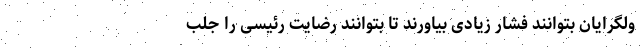
ولگرایان بتوانند فشار زیادی بیاورند تا بتوانند رضایت رئیسی را جلب